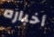
أخباره